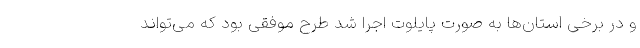
و در برخی استان‌ها به صورت پایلوت اجرا شد طرح موفقی بود که می‌تواند